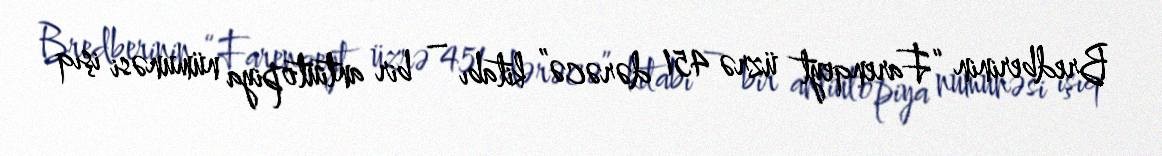
Bredberinin “Farenqeyt üzrə 451 dərəcə” kitabı – bir antiutopiya nümunəsi işıq